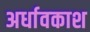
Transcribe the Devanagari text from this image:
अर्धावकाश